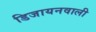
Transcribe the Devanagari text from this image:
डिजायनवाली